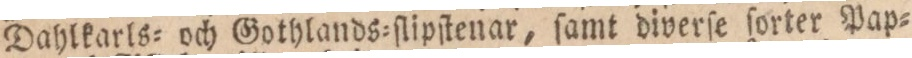
Dahlkarls= och Gothlands=ſlipſtenar, ſamt diverſe ſorter Pap=